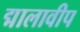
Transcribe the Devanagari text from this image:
द्मालावीप